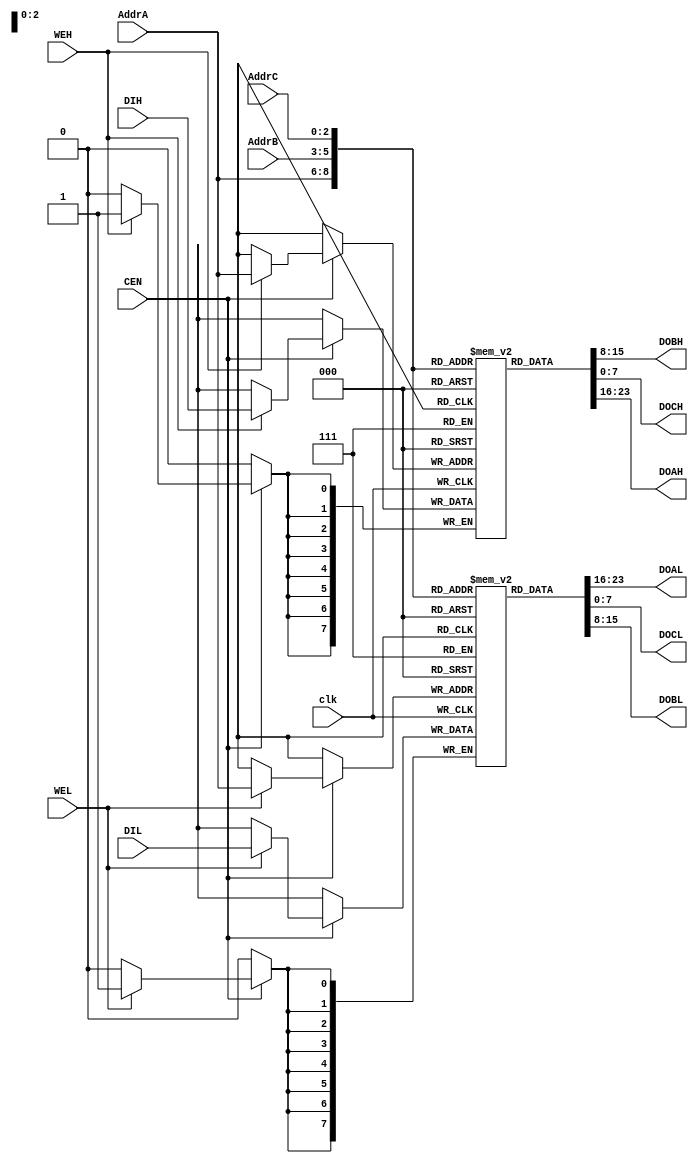
`default_nettype wire
//
// TV80 8-Bit Microprocessor Core
// Based on the VHDL T80 core by Daniel Wallner (jesus@opencores.org)
//
// Copyright (c) 2004 Guy Hutchison (ghutchis@opencores.org)
//
// Permission is hereby granted, free of charge, to any person obtaining a 
// copy of this software and associated documentation files (the "Software"), 
// to deal in the Software without restriction, including without limitation 
// the rights to use, copy, modify, merge, publish, distribute, sublicense, 
// and/or sell copies of the Software, and to permit persons to whom the 
// Software is furnished to do so, subject to the following conditions:
//
// The above copyright notice and this permission notice shall be included 
// in all copies or substantial portions of the Software.
//
// THE SOFTWARE IS PROVIDED "AS IS", WITHOUT WARRANTY OF ANY KIND, 
// EXPRESS OR IMPLIED, INCLUDING BUT NOT LIMITED TO THE WARRANTIES OF 
// MERCHANTABILITY, FITNESS FOR A PARTICULAR PURPOSE AND NONINFRINGEMENT. 
// IN NO EVENT SHALL THE AUTHORS OR COPYRIGHT HOLDERS BE LIABLE FOR ANY 
// CLAIM, DAMAGES OR OTHER LIABILITY, WHETHER IN AN ACTION OF CONTRACT, 
// TORT OR OTHERWISE, ARISING FROM, OUT OF OR IN CONNECTION WITH THE 
// SOFTWARE OR THE USE OR OTHER DEALINGS IN THE SOFTWARE.

module tv80_reg (/*AUTOARG*/
  // Outputs
  DOBH, DOAL, DOCL, DOBL, DOCH, DOAH, 
  // Inputs
  AddrC, AddrA, AddrB, DIH, DIL, clk, CEN, WEH, WEL
  );
    input  [2:0] AddrC;
    output [7:0] DOBH;
    input  [2:0] AddrA;
    input  [2:0] AddrB;
    input  [7:0] DIH;
    output [7:0] DOAL;
    output [7:0] DOCL;
    input  [7:0] DIL;
    output [7:0] DOBL;
    output [7:0] DOCH;
    output [7:0] DOAH;
    input  clk, CEN, WEH, WEL;

  reg [7:0] RegsH [0:7];
  reg [7:0] RegsL [0:7];

  always @(posedge clk)
    begin
      if (CEN)
        begin
          if (WEH) RegsH[AddrA] <= DIH;
          if (WEL) RegsL[AddrA] <= DIL;
        end
    end
          
  assign DOAH = RegsH[AddrA];
  assign DOAL = RegsL[AddrA];
  assign DOBH = RegsH[AddrB];
  assign DOBL = RegsL[AddrB];
  assign DOCH = RegsH[AddrC];
  assign DOCL = RegsL[AddrC];

  // break out ram bits for waveform debug
// synopsys translate_off
  wire [7:0] B = RegsH[0];
  wire [7:0] C = RegsL[0];
  wire [7:0] D = RegsH[1];
  wire [7:0] E = RegsL[1];
  wire [7:0] H = RegsH[2];
  wire [7:0] L = RegsL[2];

  wire [15:0] IX = { RegsH[3], RegsL[3] };
  wire [15:0] IY = { RegsH[7], RegsL[7] };
// synopsys translate_on
  
endmodule